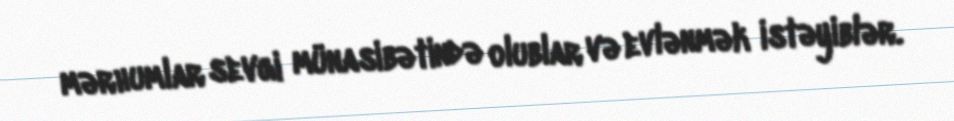
mərhumlar sevgi münasibətində olublar və evlənmək istəyiblər.